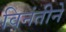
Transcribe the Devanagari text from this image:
विनंतीने